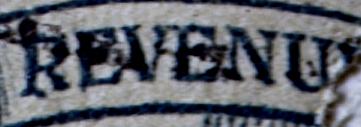
REVENU